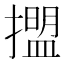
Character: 擝